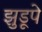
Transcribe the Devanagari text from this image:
झुडूपे